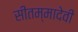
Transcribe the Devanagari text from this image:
सीतम्मादेवी